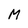
Character: M